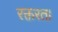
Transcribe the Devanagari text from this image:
रक्तरत।